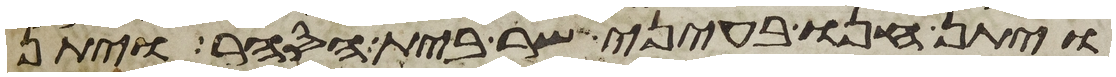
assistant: ויתן חנו בעיני שר בית הסחר ויתן